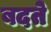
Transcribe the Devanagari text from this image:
बदते